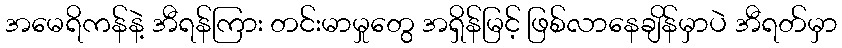
အမေရိကန်နဲ့ အီရန်ကြား တင်းမာမှုတွေ အရှိန်မြင့် ဖြစ်လာနေချိန်မှာပဲ အီရတ်မှာ